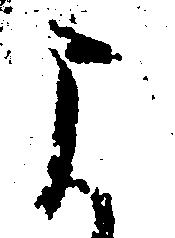
よ